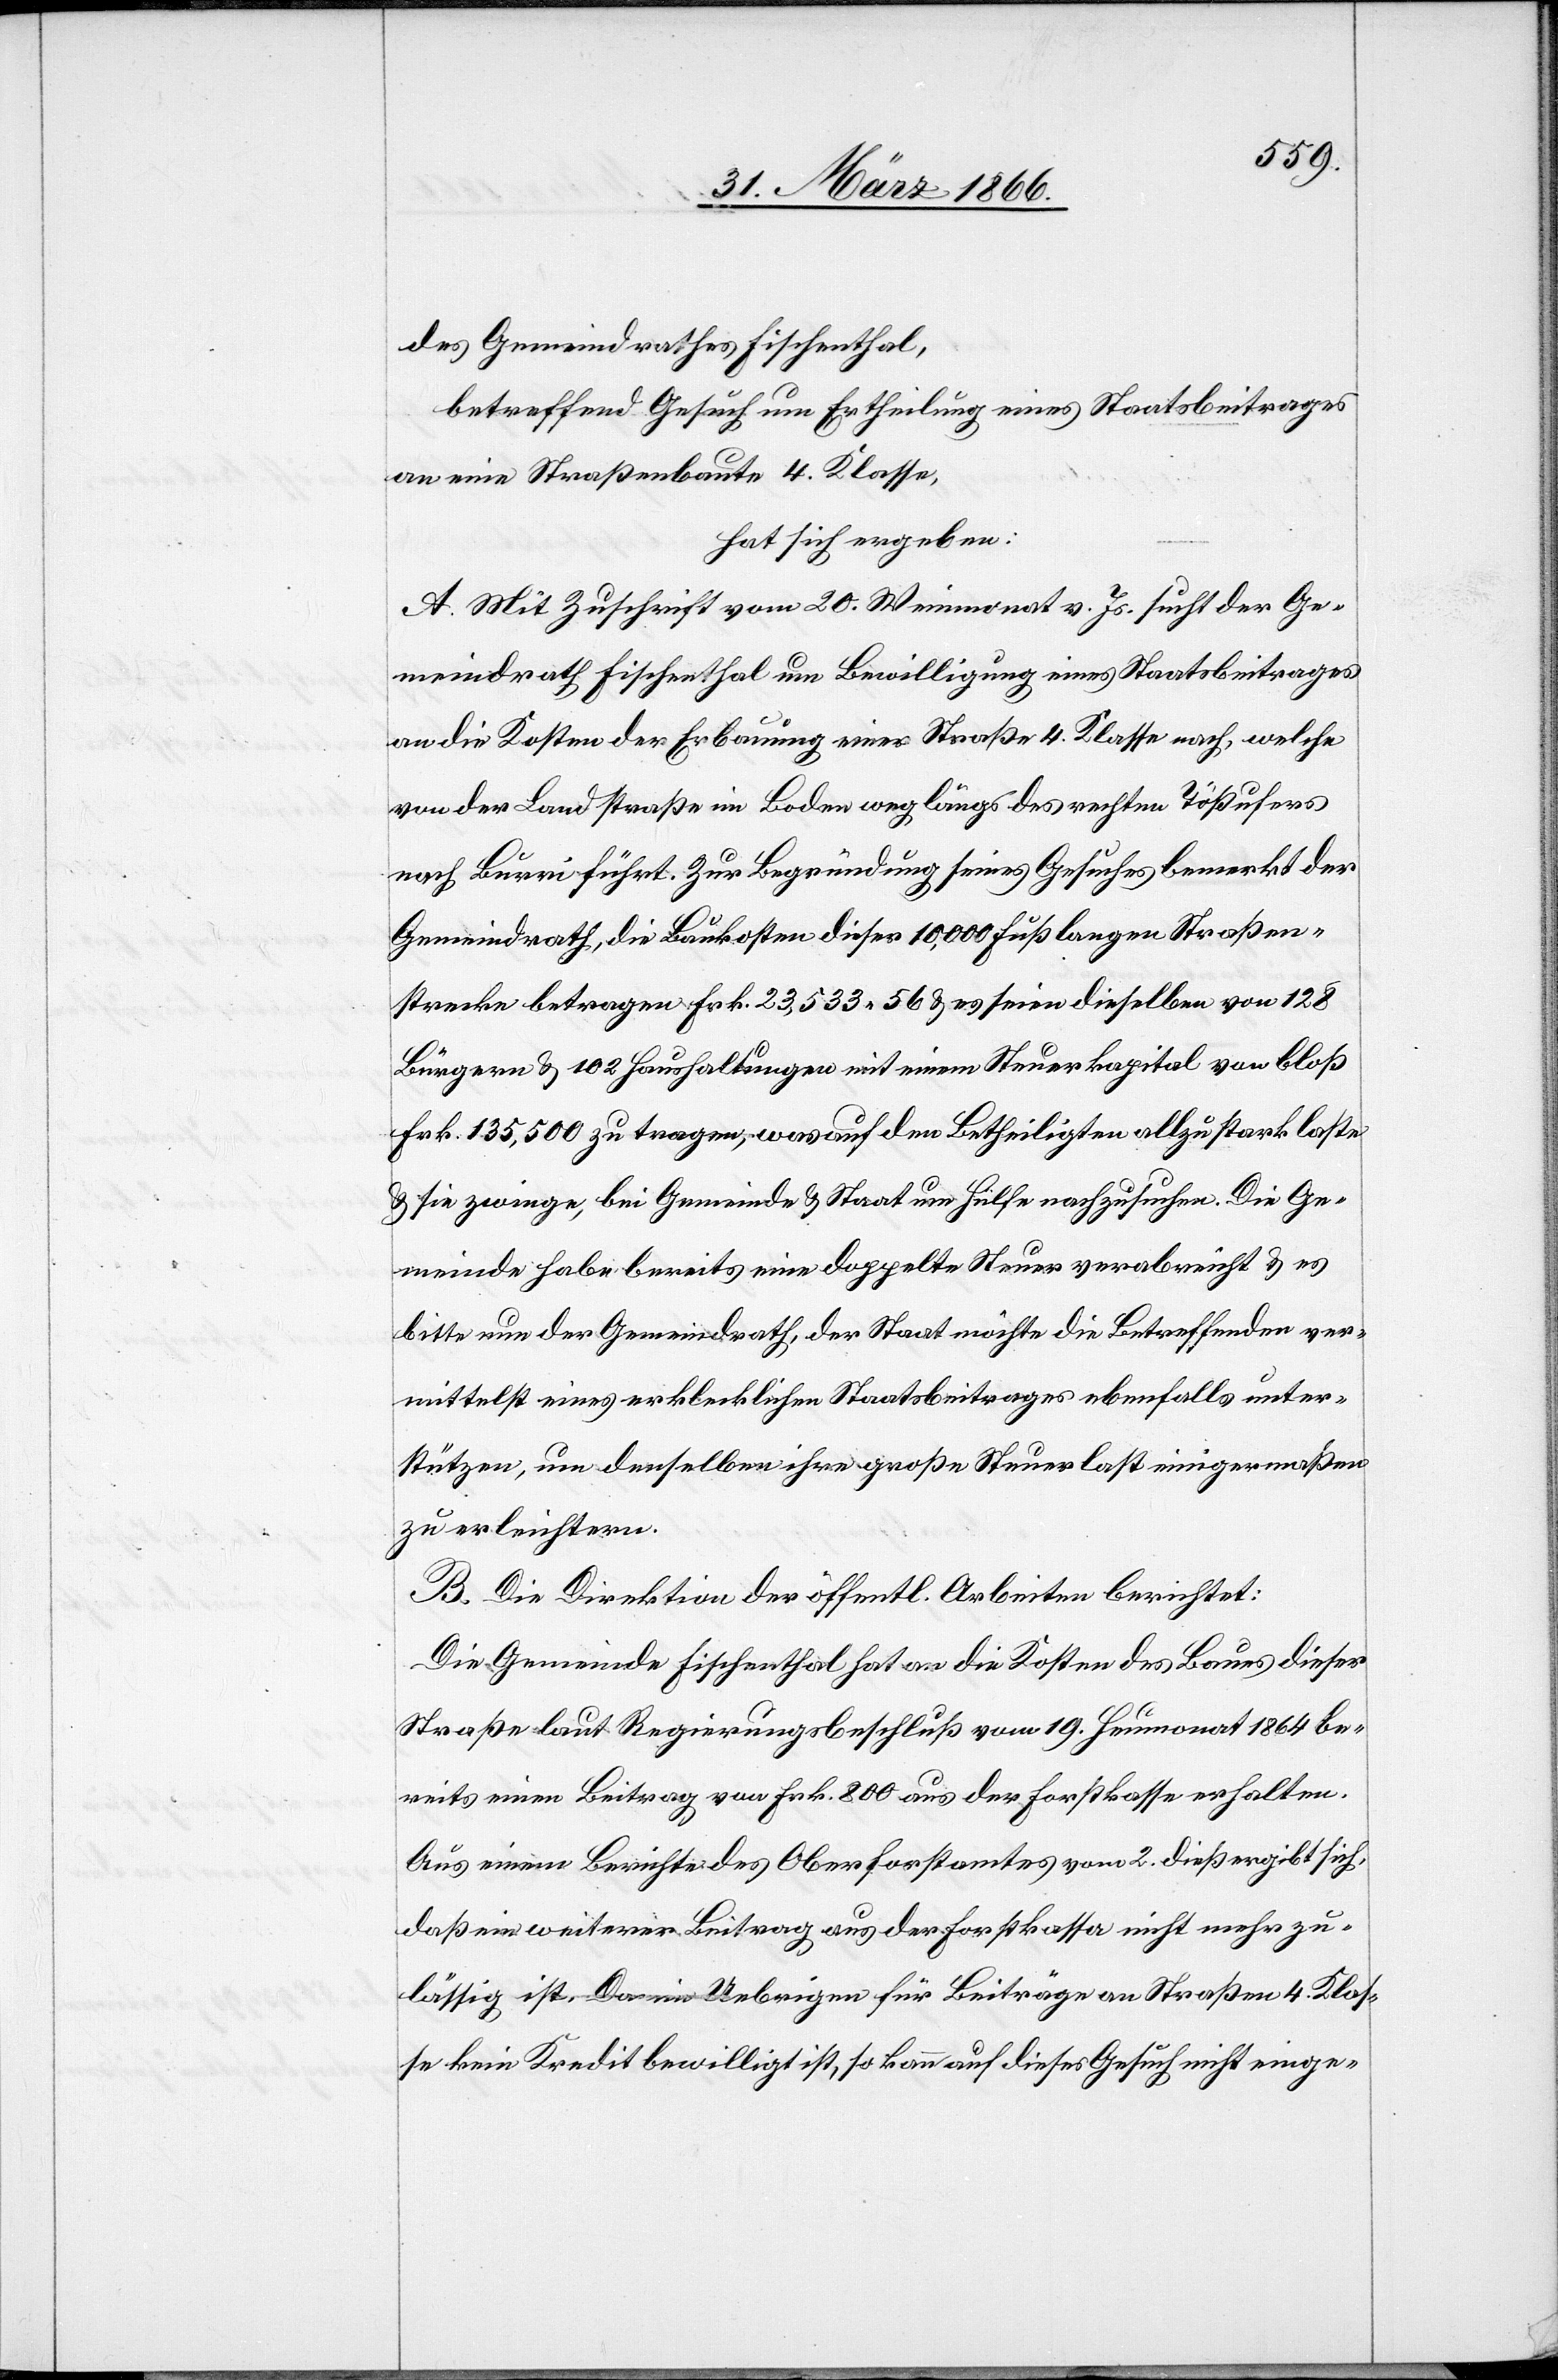
des Gemeindrathes Fischenthal,
betreffend Gesuch um Ertheilung eines Staatsbeitrages
an eine Straßenbaute 4. Klasse,
hat sich ergeben:
A. Mit Zuschrift vom 20. Weinmonat v. Js. sucht der Ge¬
meindrath Fischenthal um Bewilligung eines Staatsbeitrages
an die Kosten der Erbauung einer Straße 4. Klasse nach, welche
von der Landstraße im Boden weg längs des rechten Tößufers
nach Burri führt. Zur Begründung seines Gesuches bemerkt der
Gemeindrath, die Baukosten dieser 10 000 Fuß langen Straßen¬
strecke betragen Frk. 23 533.56 u. es seien dieselben von 128
Bürgern u. 102 Haushaltungen mit einem Steuerkapital von bloß
Frk. 135 500 zu tragen, was auf den Betheiligten allzustark laste
u. sie zwinge, bei Gemeinde u. Staat um Hilfe nachzusuchen. Die Ge¬
meinde habe bereits eine doppelte Steuer verabreicht u. es
bitte nun der Gemeindrath, der Staat möchte die Betreffenden ver¬
mittelst eines erklecklichen Staatsbeitrages ebenfalls unter¬
stützen, um denselben ihre große Steuerlast einigermaßen
zu erleichtern.
B. Die Direktion der öffentl. Arbeiten berichtet:
Die Gemeinde Fischenthal hat an die Kosten des Baues dieser
Straße laut Regierungsbeschluß vom 19. Heumonat 1864 be¬
reits einen Beitrag von Frk. 800 aus der Forstkasse erhalten.
Aus einem Berichte des Oberforstamtes vom 2. dieß ergibt sich,
daß ein weiterer Beitrag aus der Forstkasse nicht mehr zu¬
lässig ist. Da im Uebrigen für Beiträge an Straßen 4. Klas¬
se kein Kredit bewilligt ist, so kann auf dieses Gesuch nicht einge-